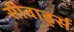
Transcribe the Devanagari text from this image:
सीवार्ड्स